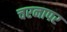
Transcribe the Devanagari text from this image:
चरनापर